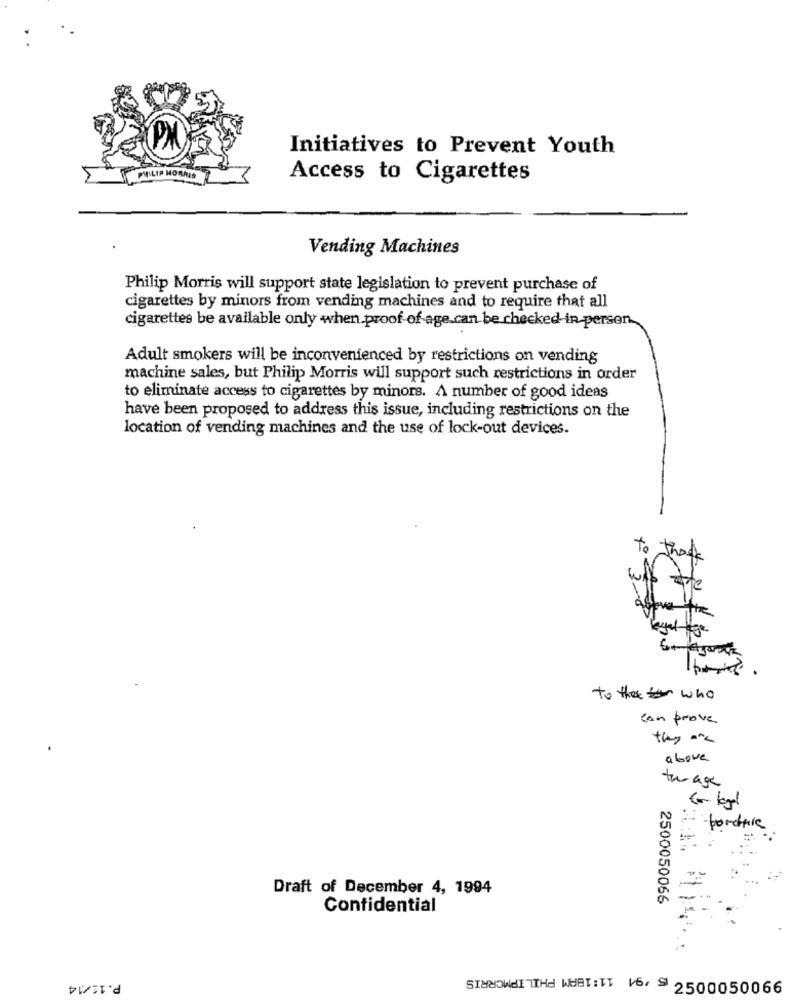
Initiatives to Prevent Youth
LIP HORNIS
Access to Cigarettes
Vending Machines
Philip Morris will support state legislation to prevent purchase of
cigarettes by minors from vending machines and to require that all
cigarettes be available only when proof-of-age.can be checked in-person.
Adult smokers will be inconvenienced by restrictions on vending
machine sales, but Philip Morris will support such restrictions in order
to eliminate access to cigarettes by minors. A number of good ideas
have been proposed to address this issue, including restrictions on the
location of vending machines and the use of lock-out devices.
to
the
legal age
to the for who
can prove
they ane
above
turage
fordhave
Draft of December 4, 1994
2500050066
Confidential
P.11/14
STUHOWAI THE WEBT:TT 16, S 2500050066